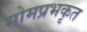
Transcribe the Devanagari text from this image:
सोमप्रभकृत